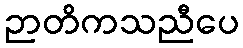
ဉာတိကသညီပေ